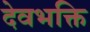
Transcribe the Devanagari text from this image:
देवभक्ति